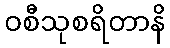
ဝစီသုစရိတာနိ